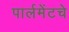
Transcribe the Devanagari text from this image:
पार्लमेंटचे